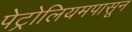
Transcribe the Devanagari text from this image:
पेट्रोलियमपासून